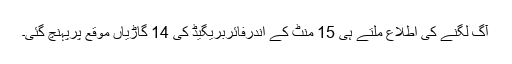
آگ لگنے کی اطلاع ملتے ہی 15 منٹ کے اندرفائربریگیڈ کی 14 گاڑیاں موقع پرپہنچ گئی۔